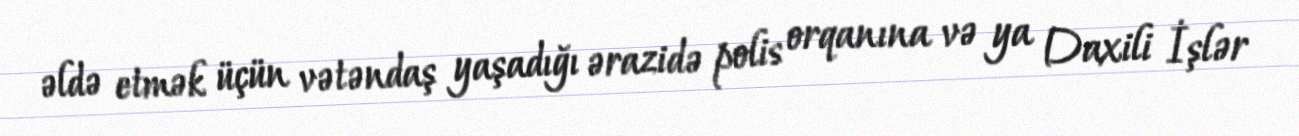
əldə etmək üçün vətəndaş yaşadığı ərazidə polis orqanına və ya Daxili İşlər